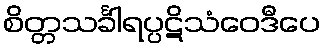
စိတ္တသင်္ခါရပ္ပဋိသံဝေဒီပေ